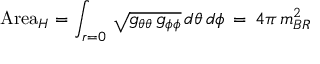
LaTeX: \mathrm { A r e a } _ { H } = \int _ { r = 0 } \, \sqrt { g _ { \theta \theta } \, g _ { \phi \phi } } \, d \theta \, d \phi \, = \, 4 \pi \, m _ { B R } ^ { 2 }